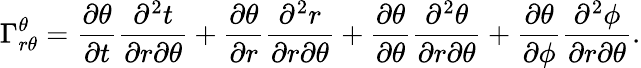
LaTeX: \Gamma_{r\theta}^{\theta}=\frac{\partial\theta}{\partial t}\frac{\partial^{2}t}{\partial r\partial\theta}+\frac{\partial\theta}{\partial r}\frac{\partial^{2}r}{\partial r\partial\theta}+\frac{\partial\theta}{\partial\theta}\frac{\partial^{2}\theta}{\partial r\partial\theta}+\frac{\partial\theta}{\partial\phi}\frac{\partial^{2}\phi}{\partial r\partial\theta}.